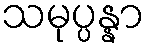
သမုပ္ပန္နာ